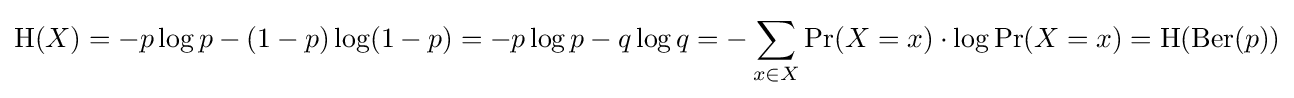
\operatorname {H} (X)=-p\log p-(1-p)\log(1-p)=-p\log p-q\log q=-\sum _{x\in X}\operatorname {Pr} (X=x)\cdot \log \operatorname {Pr} (X=x)=\mathrm {H} (\operatorname {Ber} (p))